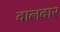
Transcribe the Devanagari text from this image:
दालदार